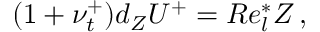
( 1 + \nu _ { t } ^ { + } ) d _ { Z } { U } ^ { + } = R e _ { l } ^ { * } Z \, ,